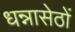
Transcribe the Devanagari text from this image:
धन्नासेठों